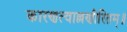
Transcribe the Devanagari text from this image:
कारणत्वाल्लणीरितम्॥